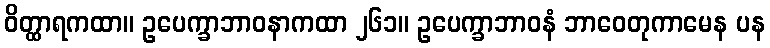
ဝိတ္ထာရကထာ။ ဥပေက္ခာဘာဝနာကထာ ၂၆၁။ ဥပေက္ခာဘာဝနံ ဘာဝေတုကာမေန ပန